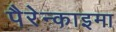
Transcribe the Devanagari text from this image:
पैरेन्काइमा